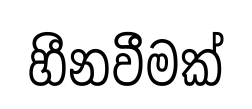
හීනවීමක්